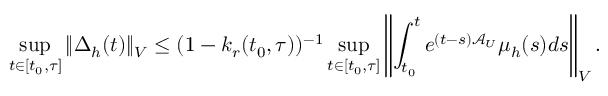
\operatorname* { s u p } _ { t \in [ t _ { 0 } , \tau ] } \Vert \Delta _ { h } ( t ) \Vert _ { V } \leq ( 1 - k _ { r } ( t _ { 0 } , \tau ) ) ^ { - 1 } \operatorname* { s u p } _ { t \in [ t _ { 0 } , \tau ] } \left\Vert \int _ { t _ { 0 } } ^ { t } e ^ { ( t - s ) \mathcal { A } _ { U } } \mu _ { h } ( s ) d s \right\Vert _ { V } .